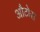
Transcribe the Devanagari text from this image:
औटोस